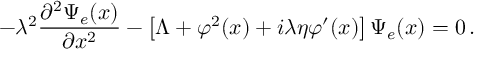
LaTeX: - \lambda ^ { 2 } \frac { \partial ^ { 2 } \Psi _ { e } ( x ) } { \partial x ^ { 2 } } - \left[ \Lambda + \varphi ^ { 2 } ( x ) + i \lambda \eta \varphi ^ { \prime } ( x ) \right] \Psi _ { e } ( x ) = 0 \, .